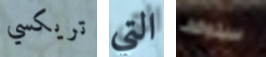
تريكسي التي سيتوقف